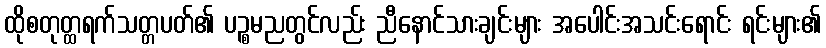
ထိုစတုတ္ထရက်သတ္တပတ်၏ ပဉ္စမညတွင်လည်း ညီနောင်သားချင်းများ အပေါင်းအသင်းရောင်း ရင်းများ၏